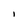
Character: l